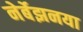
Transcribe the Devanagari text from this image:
नेर्बेझनया